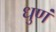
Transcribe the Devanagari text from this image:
धुणं